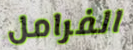
الفرامل